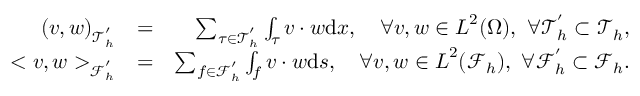
\begin{array} { r l r } { ( \boldsymbol { v } , \boldsymbol { w } ) _ { \mathcal { T } _ { h } ^ { ' } } } & { = } & { \sum _ { \tau \in \mathcal { T } _ { h } ^ { ' } } \int _ { \tau } \boldsymbol { v } \cdot \boldsymbol { w } \mathrm { d } \boldsymbol { x } , \quad \forall \boldsymbol { v } , \boldsymbol { w } \in \boldsymbol { L } ^ { 2 } ( \Omega ) , \ \forall \mathcal { T } _ { h } ^ { ' } \subset \mathcal { T } _ { h } , } \\ { < \boldsymbol { v } , \boldsymbol { w } > _ { \mathcal { F } _ { h } ^ { ' } } } & { = } & { \sum _ { f \in \mathcal { F } _ { h } ^ { ' } } \int _ { f } \boldsymbol { v } \cdot \boldsymbol { w } \mathrm { d } \boldsymbol { s } , \quad \forall \boldsymbol { v } , \boldsymbol { w } \in \boldsymbol { L } ^ { 2 } ( \mathcal { F } _ { h } ) , \ \forall \mathcal { F } _ { h } ^ { ' } \subset \mathcal { F } _ { h } . } \end{array}